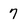
Character: 7